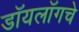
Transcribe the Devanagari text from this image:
डॉयलॉगचे